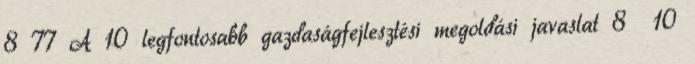
8 77 A 10 legfontosabb gazdaságfejlesztési megoldási javaslat 8 10